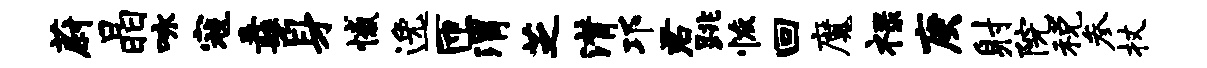
蔚晶咏寇纛身憾逸匝渭芝潸邛君跳恢回魔禄庚射院税参杖